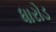
ધારોડ